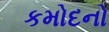
કમોદનો